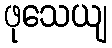
ဖုသေယျ